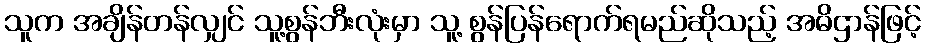
သူက အချိန်တန်လျှင် သူ့စွန်ဘီးလုံးမှာ သူ့ စွန်ပြန်ရောက်ရမည်ဆိုသည့် အဓိဌာန်ဖြင့်